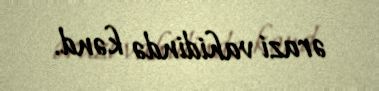
ərazi vahidində kənd.